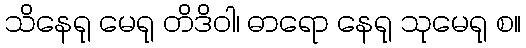
သိနေရု မေရု တိဒိဝါ၊ ဓာရော နေရု သုမေရု စ။